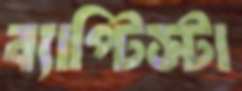
ব্যাপ্টিস্টা